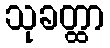
သုခတ္ထာ